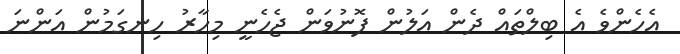
އެހެންވެ އެ ބިލްތައް ދެން އަލުން ފޮނުވަން ޖެހެނީ މިހާރު ހިނގަމުން އަންނަ